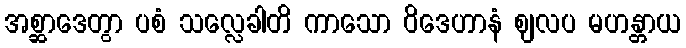
အစ္ဆာဒေတွာ ပစံ သလ္လေခါတိ ကာသော ဝိဒေဟာနံ ဈလပ မဟန္တာယ